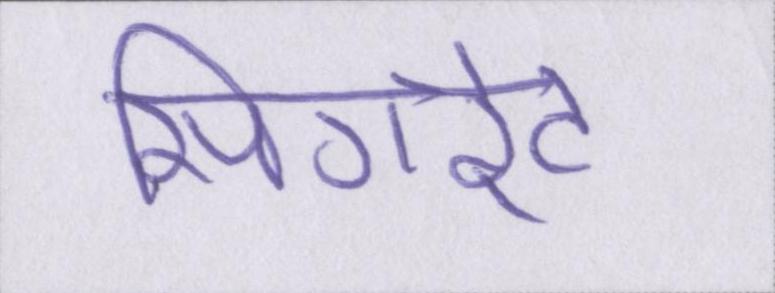
सिगरेट